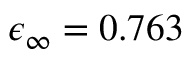
\epsilon _ { \infty } = 0 . 7 6 3